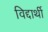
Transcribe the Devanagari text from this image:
विद्दार्थी